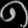
Digit: ၈